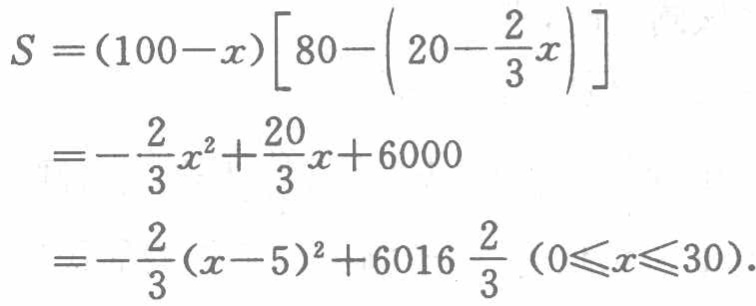
\[

\begin{align*}

S&=(100 - x)\left[80-\left(20-\frac{2}{3}x\right)\right]\\

&=-\frac{2}{3}x^{2}+\frac{20}{3}x + 6000\\

&=-\frac{2}{3}(x - 5)^{2}+6016\frac{2}{3}\ (0\leqslant x\leqslant30).

\end{align*}

\]